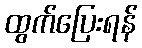
ထွက်ပြေးရန်